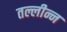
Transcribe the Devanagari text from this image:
तल्लीन्न